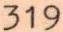
319